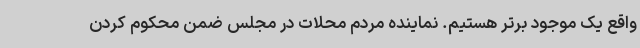
واقع یک موجود برتر هستیم. نماینده مردم محلات در مجلس ضمن محکوم کردن